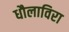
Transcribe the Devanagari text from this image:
धौलाविरा